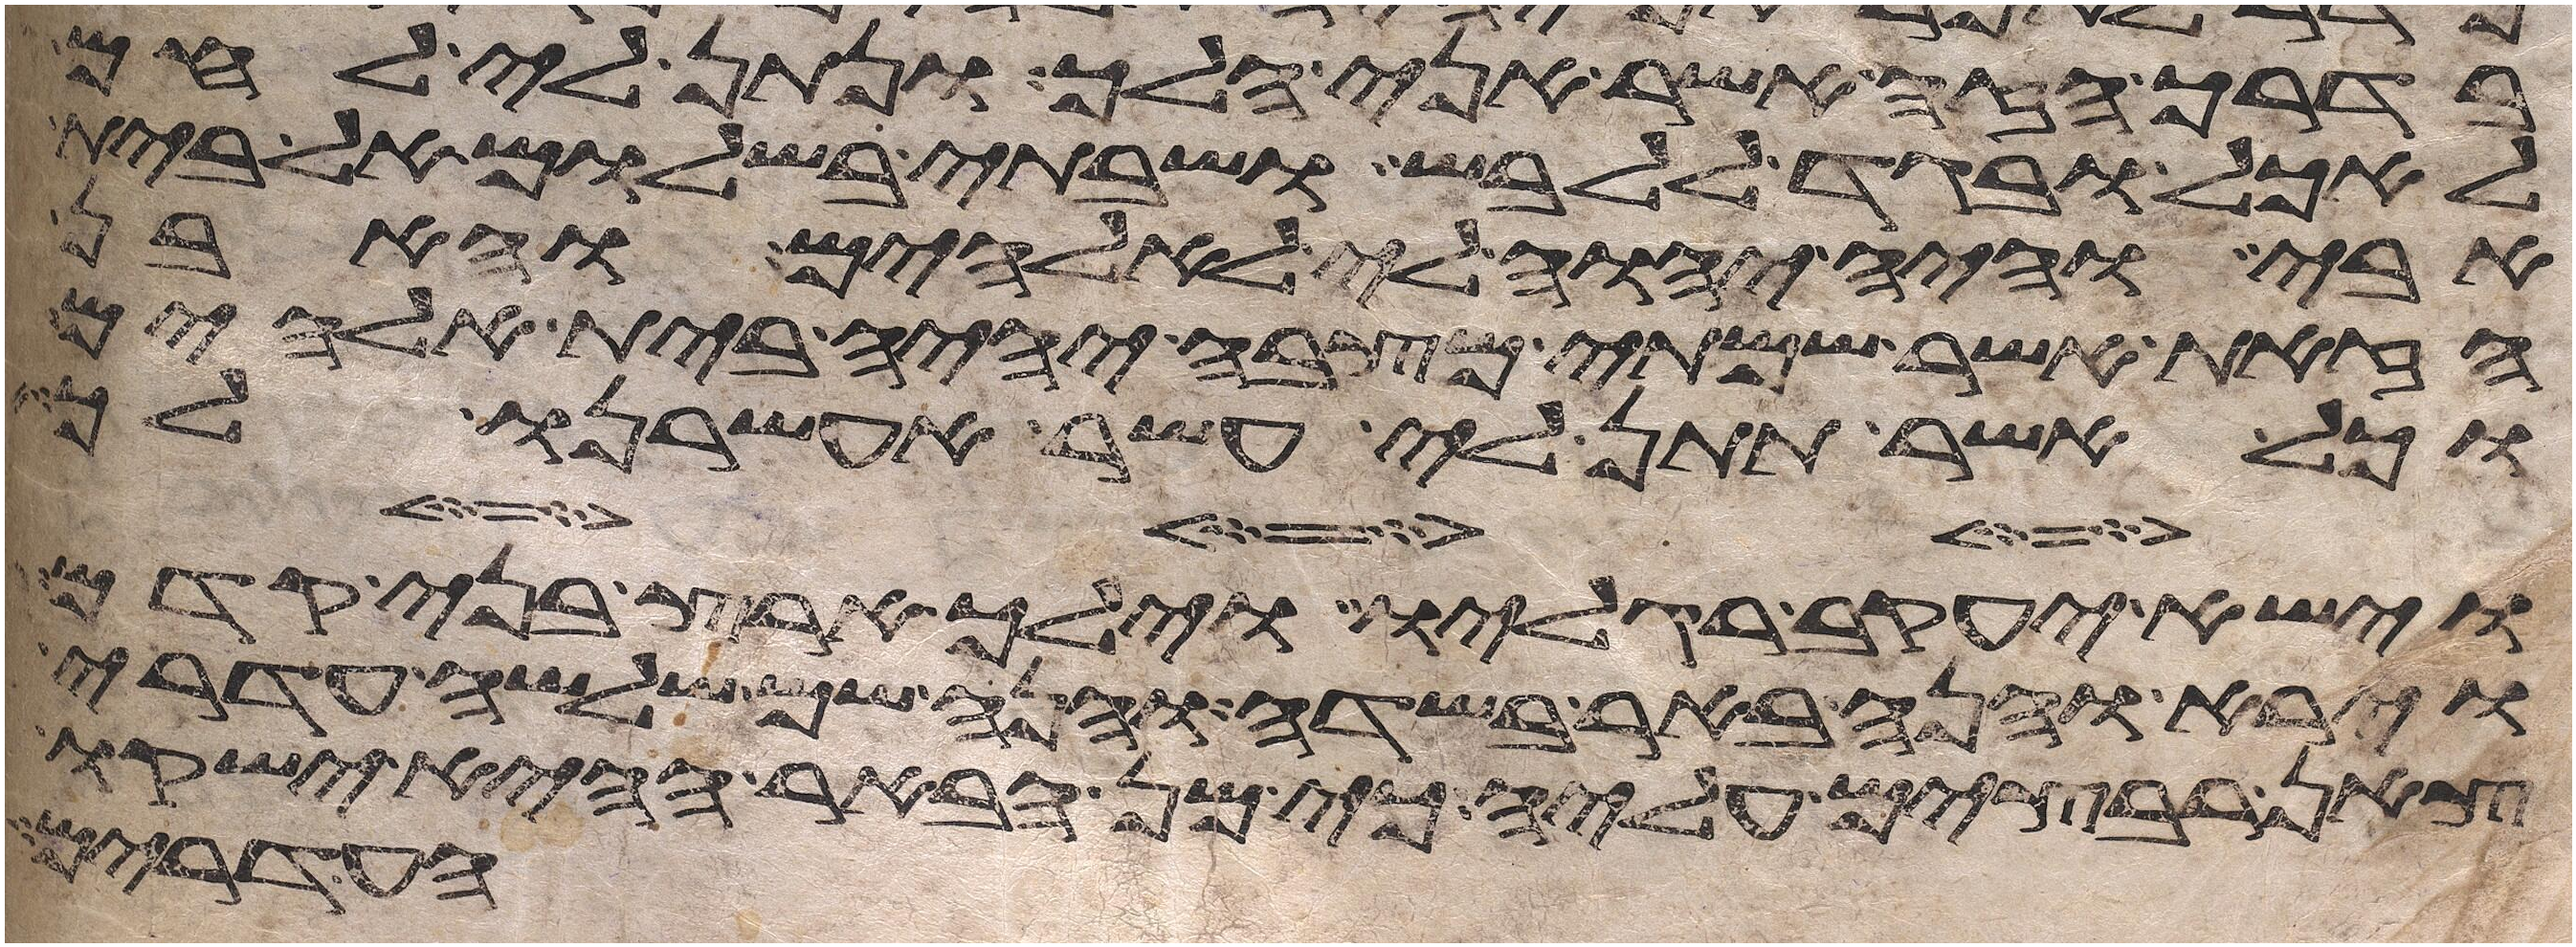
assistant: בדרך הזה אשר אני הלך ונתן לי לחם
לאכל ובגד ללבש ושבתי בשלום אל בית
אבי והיה יהוה לי לאלהים והאבן
הזאת אשר שמתי מצבה יהיה בית אלהים
וכל אשר תתן לי אעשר אעשרנו לך
וישא יעקב רגליו וילך ארץ בני קדם
וירא והנה באר בשדה והנה שם שלשה עדרי
צאן רבצים עליה כי מן הבאר ההיא ישקו
העדרים